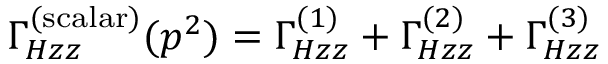
\Gamma _ { H z z } ^ { ( \mathrm { s c a l a r } ) } ( p ^ { 2 } ) = \Gamma _ { H z z } ^ { ( 1 ) } + \Gamma _ { H z z } ^ { ( 2 ) } + \Gamma _ { H z z } ^ { ( 3 ) }